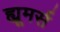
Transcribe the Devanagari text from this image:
ह्यूमर्स